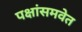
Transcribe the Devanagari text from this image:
पक्षांसमवेत